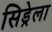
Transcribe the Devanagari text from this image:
सिड्रेला